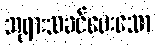
ဘုရားသခင်ပေးသော